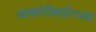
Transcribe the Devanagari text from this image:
चाकोरीबाहेरच्या